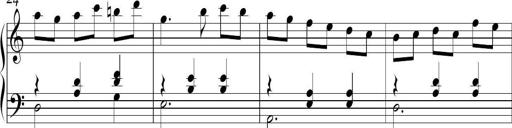
Title: Ten Piano Sonatinas
Composer: Andreas Sain